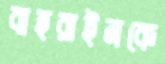
বাহরাইনকে